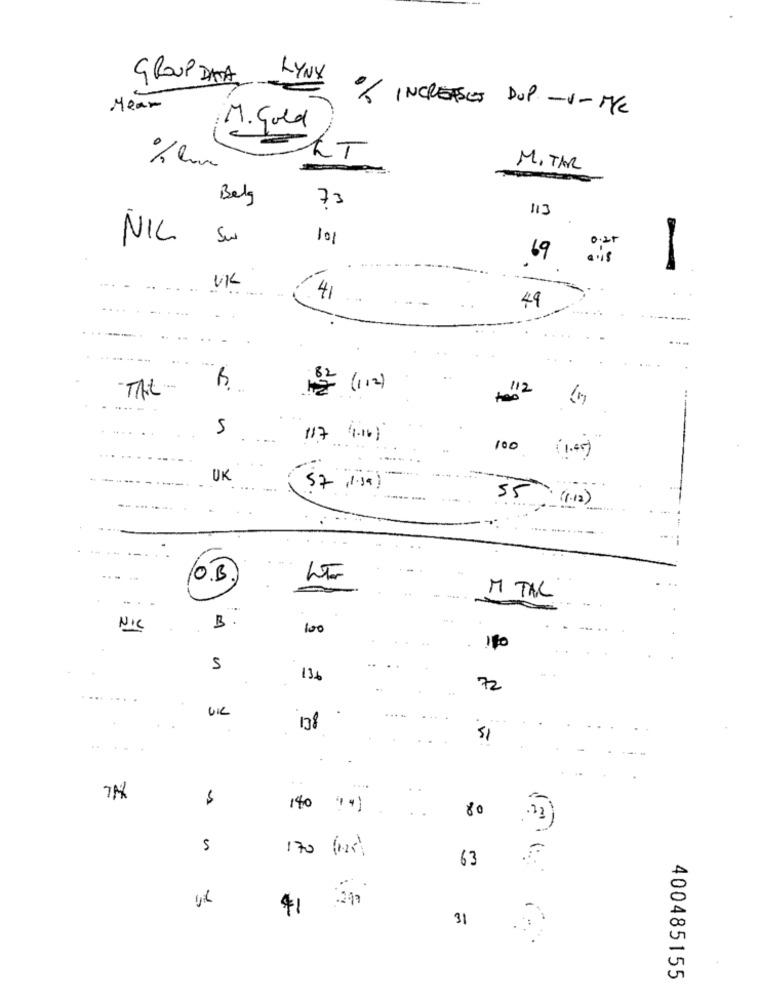
GROUP DATA
LYNX
Mear
% INCREASES DUP -- ME
M. Gold
CT
MITAR
Belg
73
113
NIL
101
0.25
69
-
-.-
UK
41
49
........
That
102 (112)
5
17 1.16/
100
( 1.45 )
UK
57 1.19)
55 (1.12)
O.B.
M TAL
B.
NIC
100
5
134
..
72
... ... .
VIL
138
-
$
140
80
5
170 (2)
63
$1
31
400485155